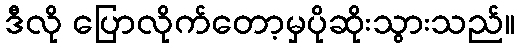
ဒီလို ပြောလိုက်တော့မှပိုဆိုးသွားသည်။